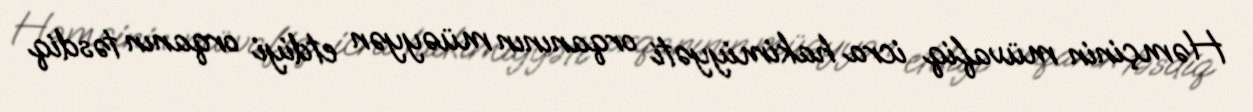
Həmçinin müvafiq icra hakimiyyəti orqanının müəyyən etdiyi orqanın təsdiq